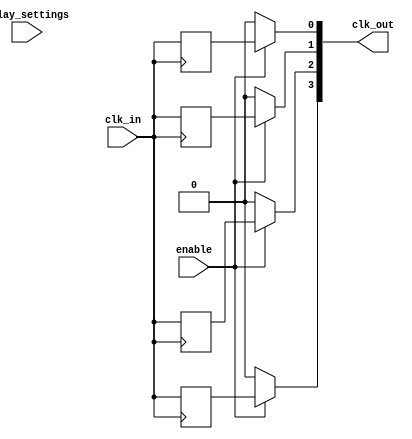
module skew_optimized_clock_buffer (
    input wire clk_in,         // Input clock signal
    input wire enable,         // Enable signal for clock outputs
    input wire [NUM_OUTPUTS-1:0] delay_settings, // Delay settings for each output
    output wire [NUM_OUTPUTS-1:0] clk_out         // Buffered clock outputs
);
    parameter NUM_OUTPUTS = 4; // Number of output clock signals

    // Internal signals for delayed clocks
    wire [NUM_OUTPUTS-1:0] delayed_clocks;

    // Input stage: conditioning the input clock signal
    wire conditioned_clk;
    assign conditioned_clk = clk_in; // Simple conditioning (could include buffering)

    // Buffering stage: creating multiple buffered clock stages
    genvar i;
    generate
        for (i = 0; i < NUM_OUTPUTS; i = i + 1) begin : buffer_stage
            // Implementing a simple buffer with delay
            // In a real implementation, this would include adjustable delay lines
            // Here we use a basic register to simulate buffering
            reg clk_buf;
            always @(posedge conditioned_clk) begin
                clk_buf <= conditioned_clk; // Simple buffering
                // Additional delay logic can be implemented here based on delay_settings[i]
            end
            
            // Output stage: driving the output clock
            assign delayed_clocks[i] = clk_buf; // Assign buffered clock to internal wire
        end
    endgenerate

    // Control logic: Enable/disable outputs based on enable signal
    generate
        for (i = 0; i < NUM_OUTPUTS; i = i + 1) begin : output_stage
            assign clk_out[i] = enable ? delayed_clocks[i] : 1'b0; // Disable output if not enabled
        end
    endgenerate

endmodule